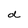
Character: d